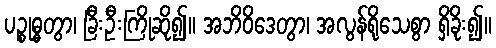
ပဉ္စုဓ္ဓတွာ၊ ခြီးဦးကြိုဆို၍။ အဘိဝိဒေတွာ၊ အလွန်ရိုသေစွာ ရှိခိုး၍။